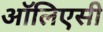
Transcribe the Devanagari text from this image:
ऑलिएसी